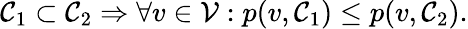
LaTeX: \mathcal{C}_{1}\subset\mathcal{C}_{2}\Rightarrow\forall v\in\mathcal{V}:p(v,\mathcal{C}_{1})\leq p(v,\mathcal{C}_{2}).